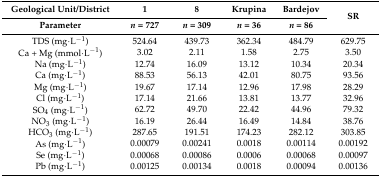
| Geological Unit/District | 1 | 8 | Krupina | Bardejov | <ROWSPAN=2> SR |
 | Parameter | n = 727 | n = 309 | n = 36 | n = 86 |
 | --- | --- | --- | --- | --- | --- |
 | TDS (mg·L−1) | 524.64 | 439.73 | 362.34 | 484.79 | 629.75 |
 | Ca + Mg (mmol·L−1) | 3.02 | 2.11 | 1.58 | 2.75 | 3.50 |
 | Na (mg·L−1) | 12.74 | 16.09 | 13.12 | 10.34 | 20.34 |
 | Ca (mg·L−1) | 88.53 | 56.13 | 42.01 | 80.75 | 93.56 |
 | Mg (mg·L−1) | 19.67 | 17.14 | 12.96 | 17.98 | 28.29 |
 | Cl (mg·L−1) | 17.14 | 21.66 | 13.81 | 13.77 | 32.96 |
 | SO4 (mg·L−1) | 62.72 | 49.70 | 22.42 | 44.96 | 79.32 |
 | NO3 (mg·L−1) | 16.19 | 26.44 | 16.49 | 14.84 | 38.76 |
 | HCO3 (mg·L−1) | 287.65 | 191.51 | 174.23 | 282.12 | 303.85 |
 | As (mg·L−1) | 0.00079 | 0.00241 | 0.0018 | 0.00114 | 0.00192 |
 | Se (mg·L−1) | 0.00068 | 0.00086 | 0.0006 | 0.00068 | 0.00097 |
 | Pb (mg·L−1) | 0.00125 | 0.00134 | 0.0018 | 0.00094 | 0.00136 |